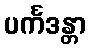
ပင်္ကဒန္တာ